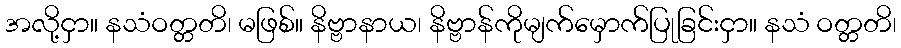
အလို့ငှာ။ နသံဝတ္တတိ၊ မဖြစ်။ နိဗ္ဗာနာယ၊ နိဗ္ဗာန်ကိုမျက်မှောက်ပြုခြင်းငှာ။ နသံ ဝတ္တတိ၊